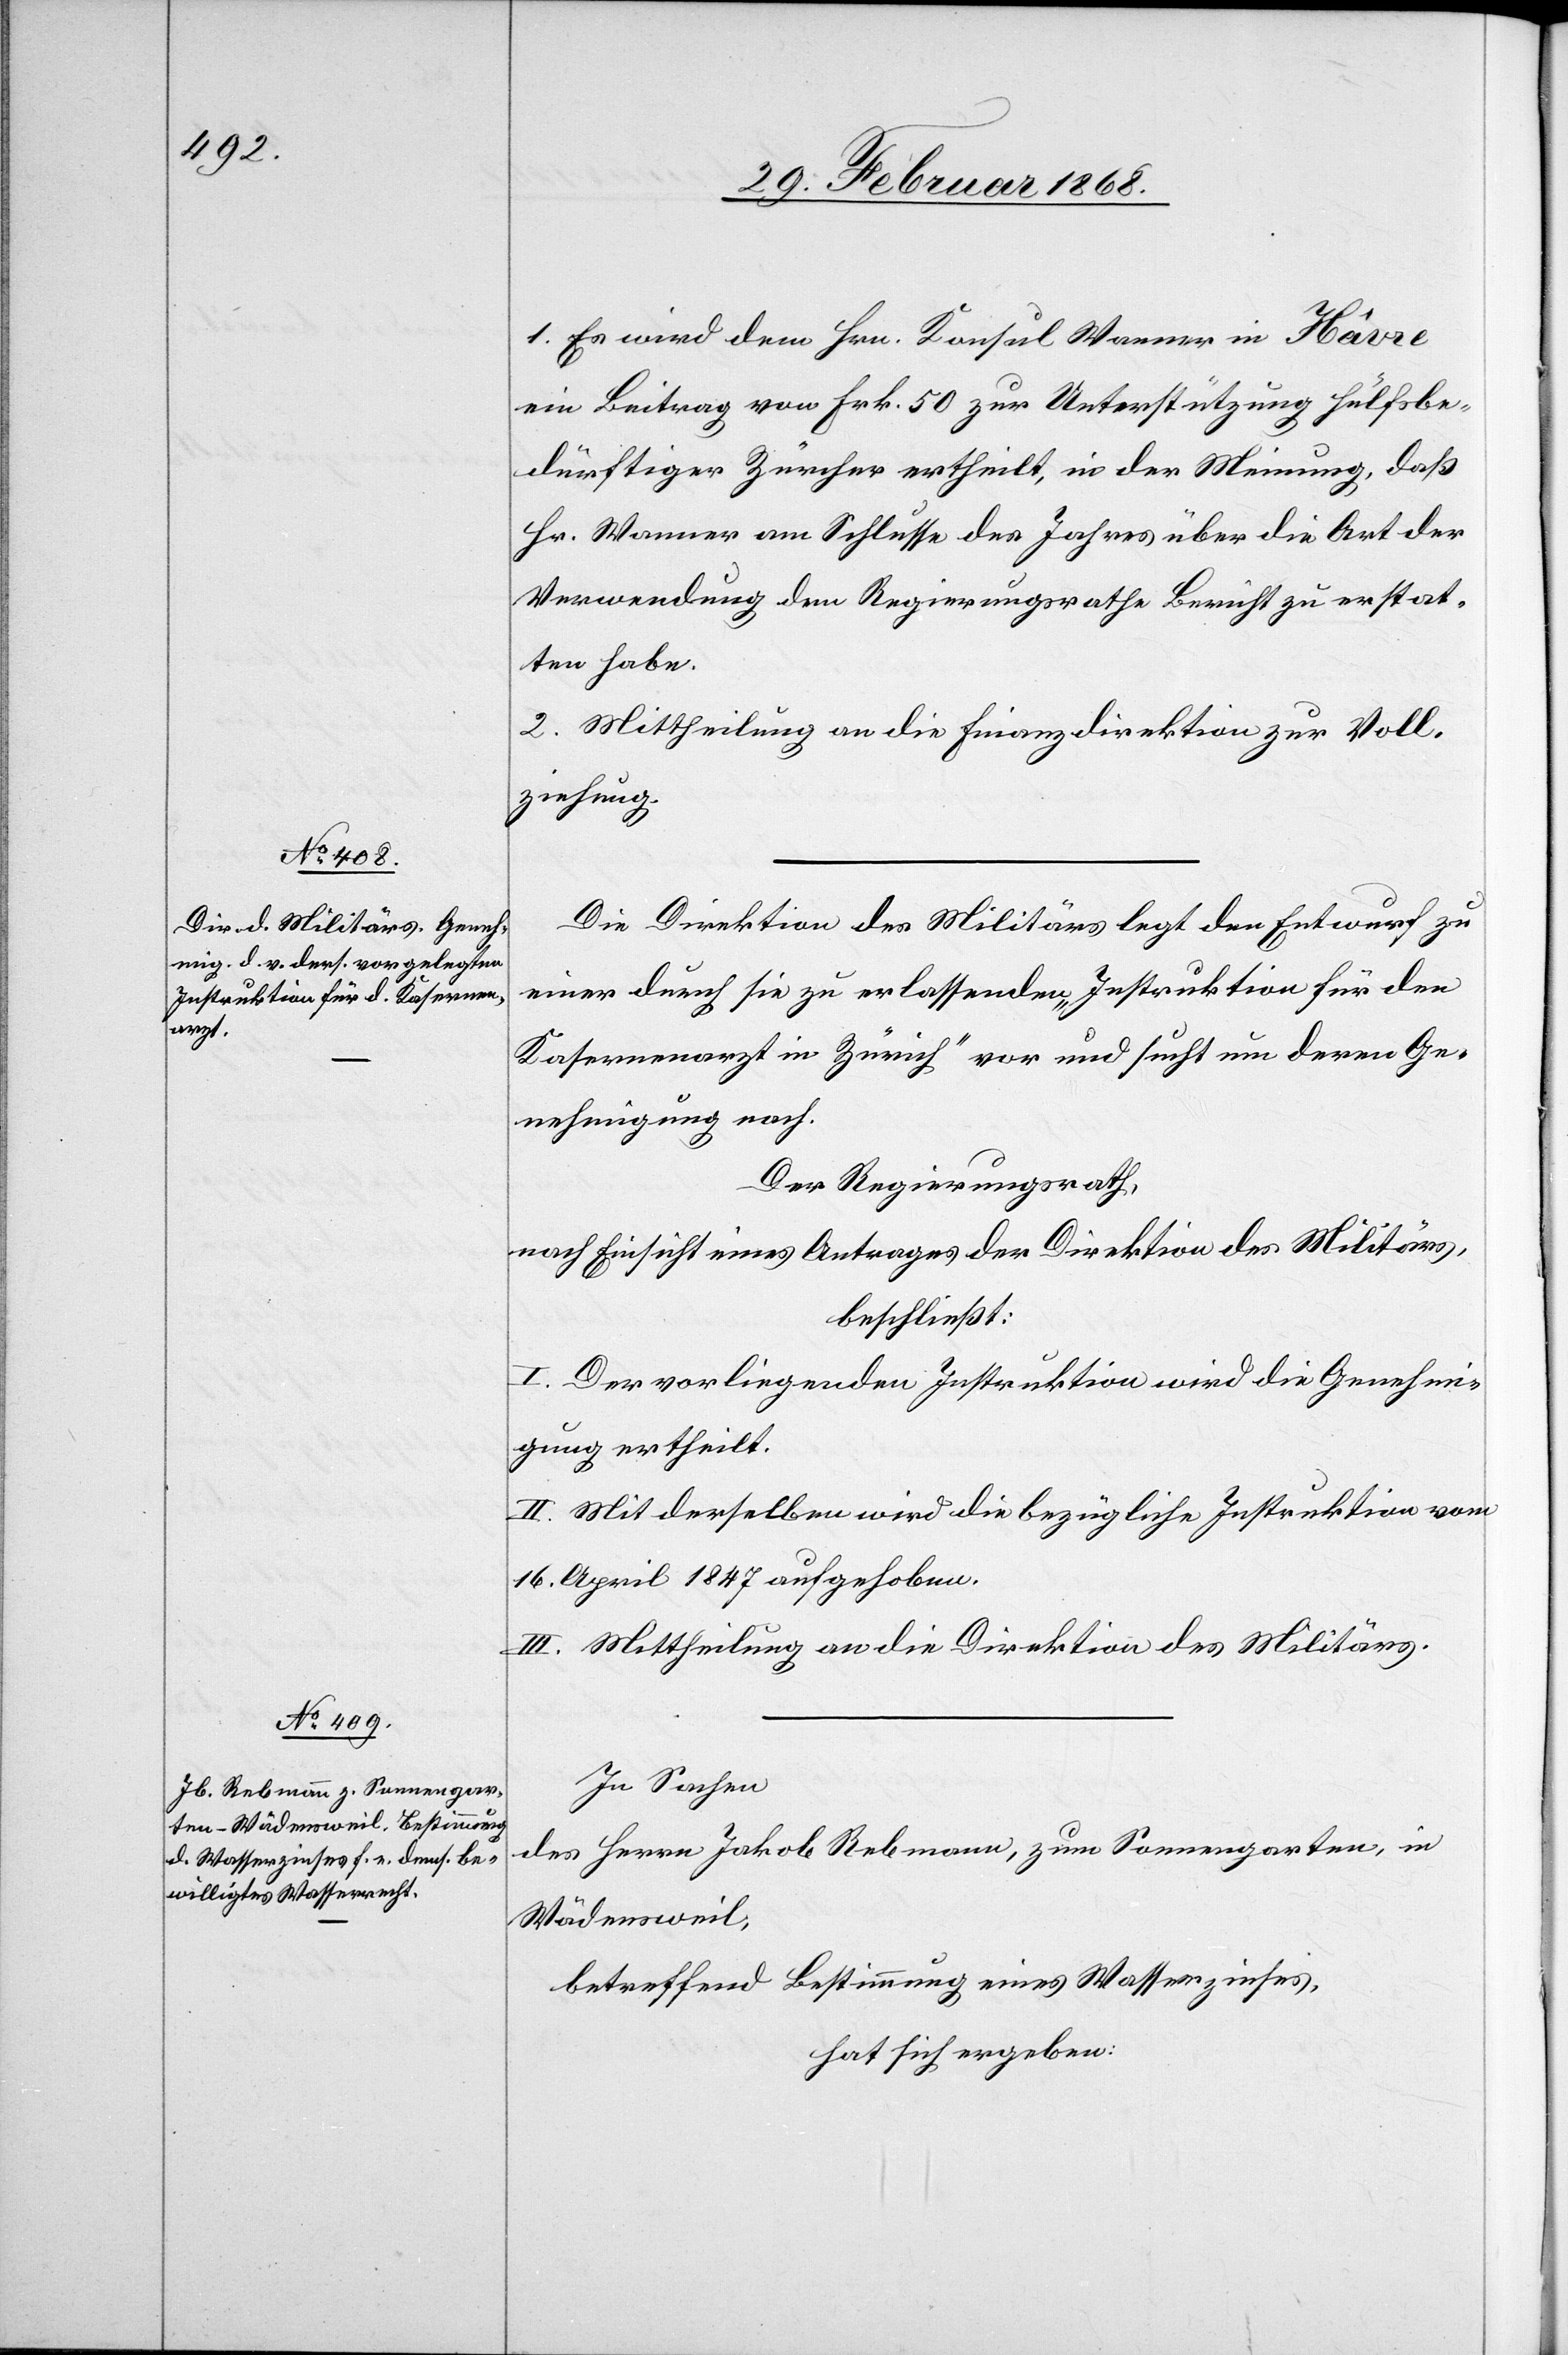
1. Es wird dem Hrn. Konsul Wanner in Hâvre
ein Beitrag von Frk. 50 zur Unterstützung hülfsbe¬
dürftiger Zürcher ertheilt, in der Meinung, daß
Hr. Wanner am Schlusse des Jahres über die Art der
Verwendung dem Regierungsrathe Bericht zu erstat¬
ten habe.
2. Mittheilung an die Finanzdirektion zur Voll¬
ziehung.
Die Direktion des Militärs legt den Entwurf zu
einer durch sie zu erlassenden „Instruktion für den
Kasernenarzt in Zürich“ vor und sucht um deren Ge¬
nehmigung nach.
Der Regierungsrath,
nach Einsicht eines Antrages der Direktion des Militärs,
beschließt:
I. Der vorliegenden Instruktion wird die Genehmi¬
gung ertheilt.
II. Mit derselben wird die bezügliche Instruktion vom
16. April 1847 aufgehoben.
III. Mittheilung an die Direktion des Militärs.
In Sachen
des Herrn Jakob Rebmann, zum Sonnengarten, in
Wädensweil,
betreffend Bestimmung eines Wasserzinses,
hat sich ergeben: